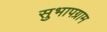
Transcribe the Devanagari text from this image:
सुभापग्राम